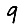
Digit: 9